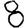
Digit: 8